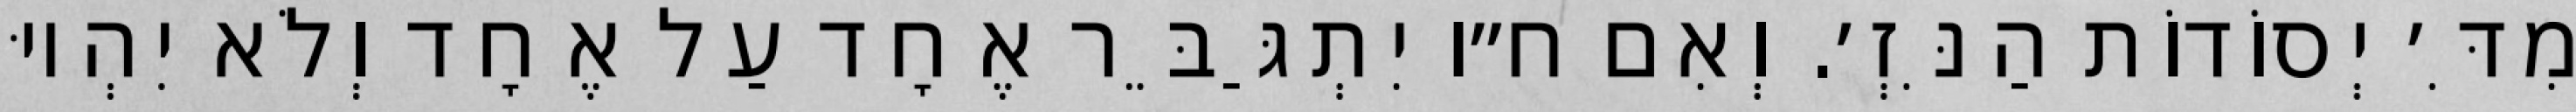
מִדִּ׳ יְסוֹדוֹת הַנִּזְ׳. וְאִם ח״ו יִתְגַּבֵּר אֶחָד עַל אֶחָד וְלֹא יִהְיוּ